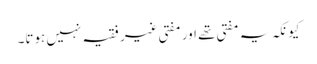
کیونکہ یہ مفتی تھے اور مفتی غیر فقیہ نہیں ہوتا۔